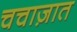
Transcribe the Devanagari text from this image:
चचाज़ात